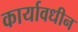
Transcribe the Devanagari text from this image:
कार्यावधीन